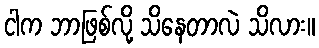
ငါက ဘာဖြစ်လို့ သိနေတာလဲ သိလား။